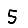
Digit: 5